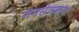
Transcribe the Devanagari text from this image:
जनसेवकया